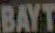
BAYT